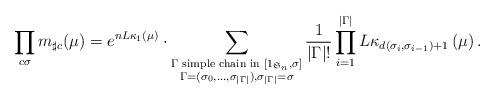
LaTeX: \begin{align*}\prod_{c\sigma}m_{\sharp c}(\mu)=e^{n L\kappa_1(\mu)}\cdot\displaystyle\sum_{\substack{\Gamma \textup{ simple chain in }[1_{\mathfrak{S}_n},\sigma]\\ \Gamma=(\sigma_0,\ldots,\sigma_{|\Gamma|}),\sigma_{|\Gamma|}=\sigma}} \frac{1}{|\Gamma| !}\displaystyle\prod_{i=1}^{|\Gamma|} L\kappa_{d(\sigma_i,\sigma_{i-1})+1}\left(\mu \right).\end{align*}